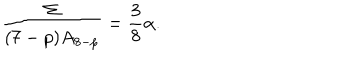
LaTeX: \frac { \Sigma } { ( 7 - p ) A _ { 8 - p } } = \frac { 3 } { 8 } \alpha .